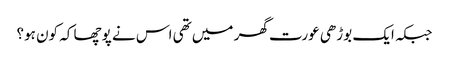
جبکہ ایک بوڑھی عورت گھر میں تھی اس نے پوچھا کہ کون ہو؟